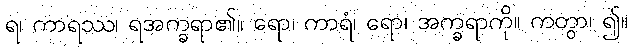
ရ၊ ကာရဿ၊ ရအက္ခရာ၏။ ရော၊ ကာရံ၊ ရော၊ အက္ခရာကို။ ကတွာ၊ ၍။